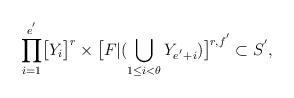
\begin{align*}\displaystyle{\prod_{i=1}^{e^{'}}}\big{[}Y_{i}\big{]}^{r}\times\big{[}F|(\bigcup_{1\leq i<\theta}Y_{e^{'}+i})\big{]}^{r,f^{'}}\subset S^{'},\end{align*}